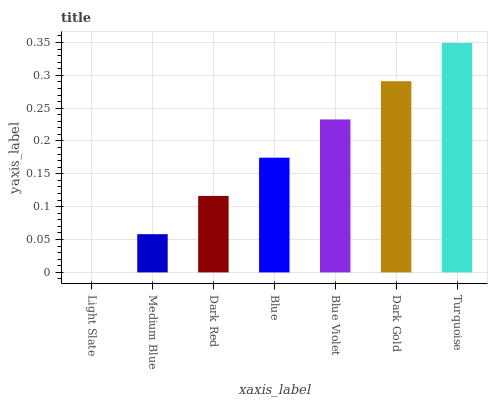
| xaxis_label | bars |
 | --- | --- |
 | Light Slate | 0 |
 | Medium Blue | 0.0582 |
 | Dark Red | 0.116 |
 | Blue | 0.175 |
 | Blue Violet | 0.233 |
 | Dark Gold | 0.291 |
 | Turquoise | 0.349 |